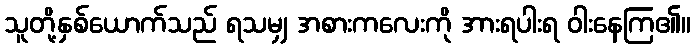
သူတို့နှစ်ယောက်သည် ရသမျှ အစားကလေးကို အားရပါးရ ဝါးနေကြ၏။